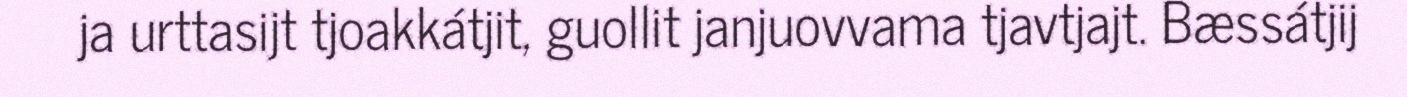
ja urttasijt tjoakkátjit, guollit janjuovvama tjavtjajt. Bæssátjij